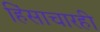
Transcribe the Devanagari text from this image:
हिंसाचारही